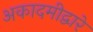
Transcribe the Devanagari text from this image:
अकादमीद्वारे